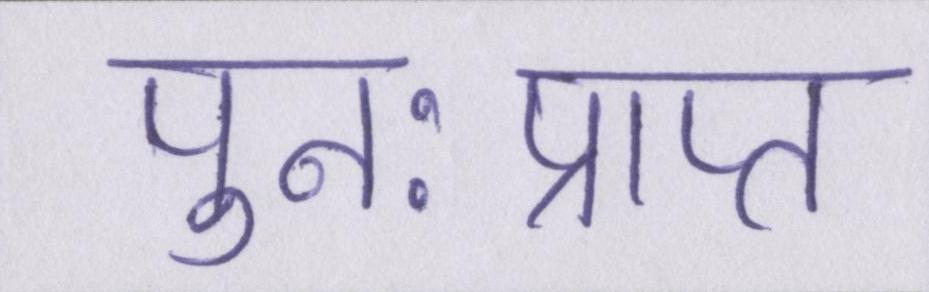
पुनःप्राप्त